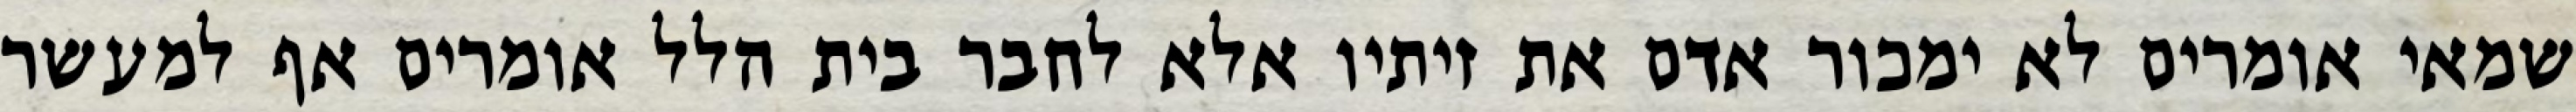
שמאי אומרים לא ימכור אדם את זיתיו אלא לחבר בית הלל אומרים אף למעשר